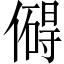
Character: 𫣣